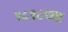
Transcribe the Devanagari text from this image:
१८१८च्या